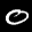
Label: 0